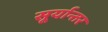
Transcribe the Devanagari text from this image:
सूर्यान्तर